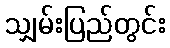
သျှမ်းပြည်တွင်း